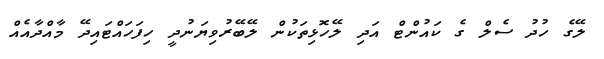
ލޭގެ ހުދު ސެލް ގެ ކައުންޓް އަދި ލޭހޮޅިތަކުން ލޭބޭރުވިޔަނުދީ ހިފަހައްޓައިދޭ މާއްދާއެއް